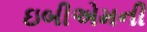
ઇબીએમની